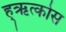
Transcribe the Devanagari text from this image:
ह्ऋत्कोस